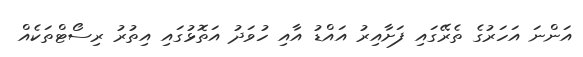
އަންނަ އަހަރުގެ ތެރޭގައި ފަށާއިރު އައްޑު އާއި ހުވަދު އަތޮޅުގައި އިތުރު ރިސޯޓްތަކެއް